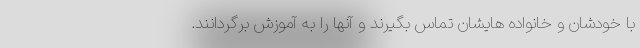
با خودشان و خانواده هایشان تماس بگیرند و آنها را به آموزش برگردانند.